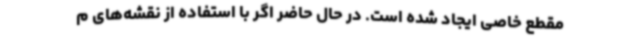
مقطع خاصی ایجاد شده است. در حال حاضر اگر با استفاده از نقشه‌های م